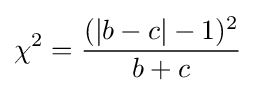
\chi ^{2}={(|b-c|-1)^{2} \over b+c}